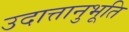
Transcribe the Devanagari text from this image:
उदात्तानुभूति